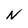
Character: N